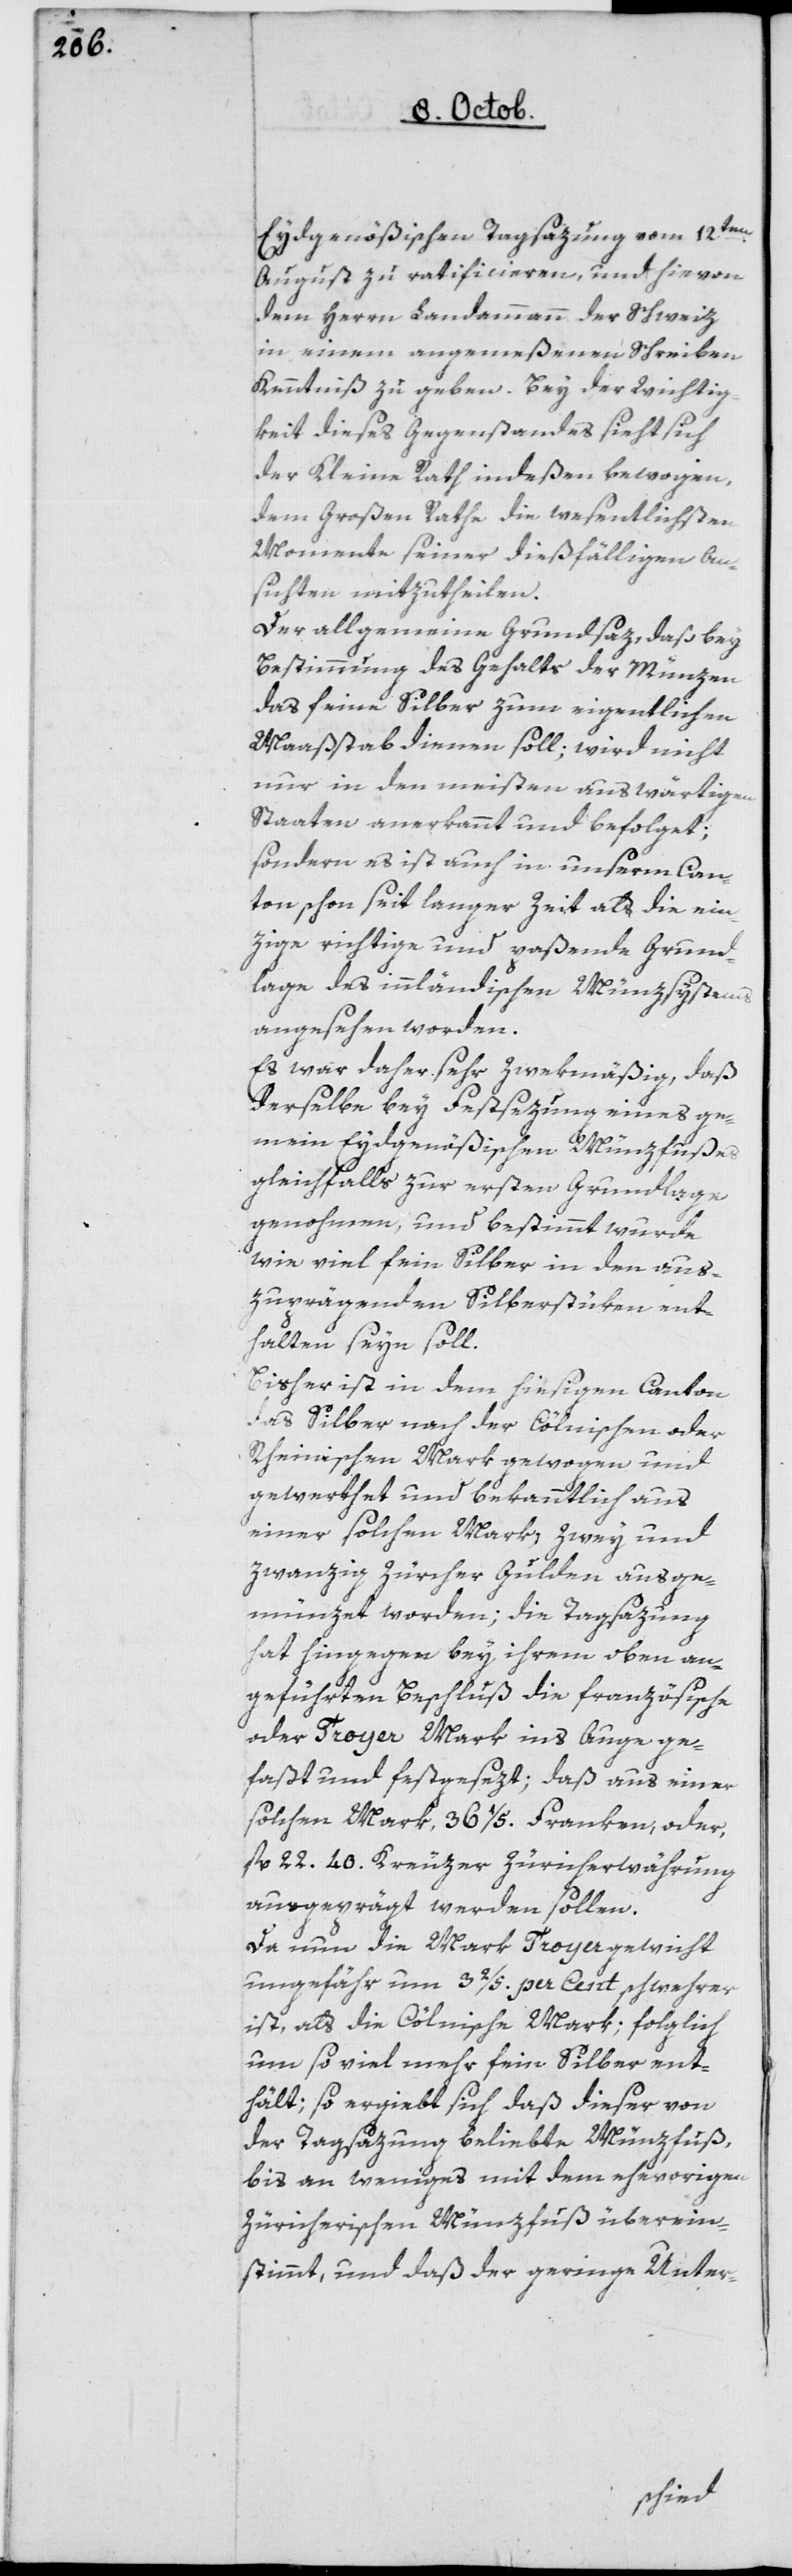
Eydgenößischen Tagsazung vom 12ten
August zu ratificieren, und hievon
dem Herrn Landammann der Schweiz
in einem angemeßenen Schreiben
Kenntniß zu geben. Bey der Wichtig¬
keit dieses Gegenstandes sieht sich
der Kleine Rath indeßen bewogen,
dem Großen Rathe die wesentlichsten
Momente seiner dießfälligen An¬
sichten mitzutheilen.
Der allgemeine Grundsaz, daß bey
Bestimmung des Gehalts der Münzen
das feine Silber zum eigentlichen
Maaßstab dienen soll; wird nicht
nur in den meisten auswärtigen
Staaten anerkannt und befolget;
sondern es ist auch in unserm Can¬
ton schon seit langer Zeit als die ein¬
zige richtige und paßende Grund¬
lage des inländischen Münzsystems
angesehen worden.
Es war daher sehr zwekmäßig, daß
derselbe bey Festsezung eines ge¬
mein Eydgenößischen Münzfußes
gleichfalls zur ersten Grundlage
genohmen und bestimmt wurde,
wie viel Feinsilber in den aus¬
zuprägenden Silberstüken ent¬
halten seyn soll.
Bisher ist in dem hiesigen Canton
das Silber nach der Cölnischen oder
Rheinischen Mark gewogen und
gewerthet und bekanntlich aus
einer solchen Mark, zwey und
zwanzig Zürcher Gulden ausge¬
münzet worden; die Tagsazung
hat hingegen bey ihrem oben an¬
geführten Beschluß die französische
oder Troyer Mark ins Auge ge¬
faßt und festgesezt; daß aus einer
solchen Mark, 36 1/5 Franken, oder,
fl 22. 40 Kreuzer Züricherwährung
ausgeprägt werden sollen.
Da nun die Mark Troyergewicht
ungefähr um 3 2/5 per Cent schwerer
ist als die Cölnische Mark; folglich
um so viel mehr fein Silber ent¬
hält; so ergiebt sich, daß dieser von
der Tagsazung beliebte Münzfuß,
bis an Weniges mit dem ehevorigen
Zürcherischen Münzfuß überein¬
stimmt, und daß der geringe Unter-